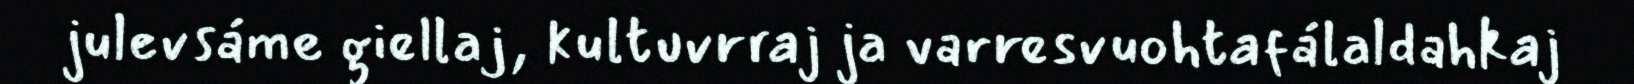
julevsáme giellaj, kultuvrraj ja varresvuohtafálaldahkaj